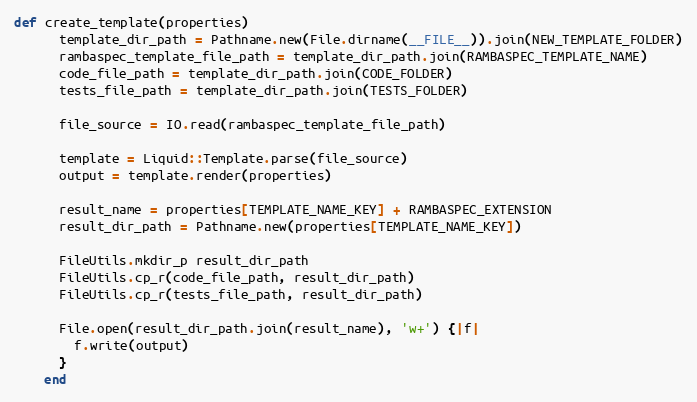
Language: Ruby
def create_template(properties)
      template_dir_path = Pathname.new(File.dirname(__FILE__)).join(NEW_TEMPLATE_FOLDER)
      rambaspec_template_file_path = template_dir_path.join(RAMBASPEC_TEMPLATE_NAME)
      code_file_path = template_dir_path.join(CODE_FOLDER)
      tests_file_path = template_dir_path.join(TESTS_FOLDER)

      file_source = IO.read(rambaspec_template_file_path)

      template = Liquid::Template.parse(file_source)
      output = template.render(properties)

      result_name = properties[TEMPLATE_NAME_KEY] + RAMBASPEC_EXTENSION
      result_dir_path = Pathname.new(properties[TEMPLATE_NAME_KEY])

      FileUtils.mkdir_p result_dir_path
      FileUtils.cp_r(code_file_path, result_dir_path)
      FileUtils.cp_r(tests_file_path, result_dir_path)

      File.open(result_dir_path.join(result_name), 'w+') {|f|
        f.write(output)
      }
    end